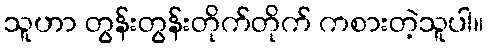
သူဟာ တွန်းတွန်းတိုက်တိုက် ကစားတဲ့သူပါ။